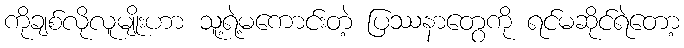
ကိုချစ်လိုလူမျိုးဟာ သူ့ရဲ့မကောင်းတဲ့ ပြဿနာတွေကို ရင်မဆိုင်ရဲတော့